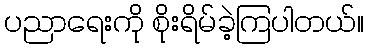
ပညာရေးကို စိုးရိမ်ခဲ့ကြပါတယ်။